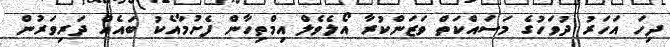
ދިހަ އަހަރު ދުވަހުގެ މަސައްކަތް ވަޒަންކުރާ އޯލެވެލް އިމްތިހާން ފެށުމާއެކު ބައެއް ދަރިވަރުން